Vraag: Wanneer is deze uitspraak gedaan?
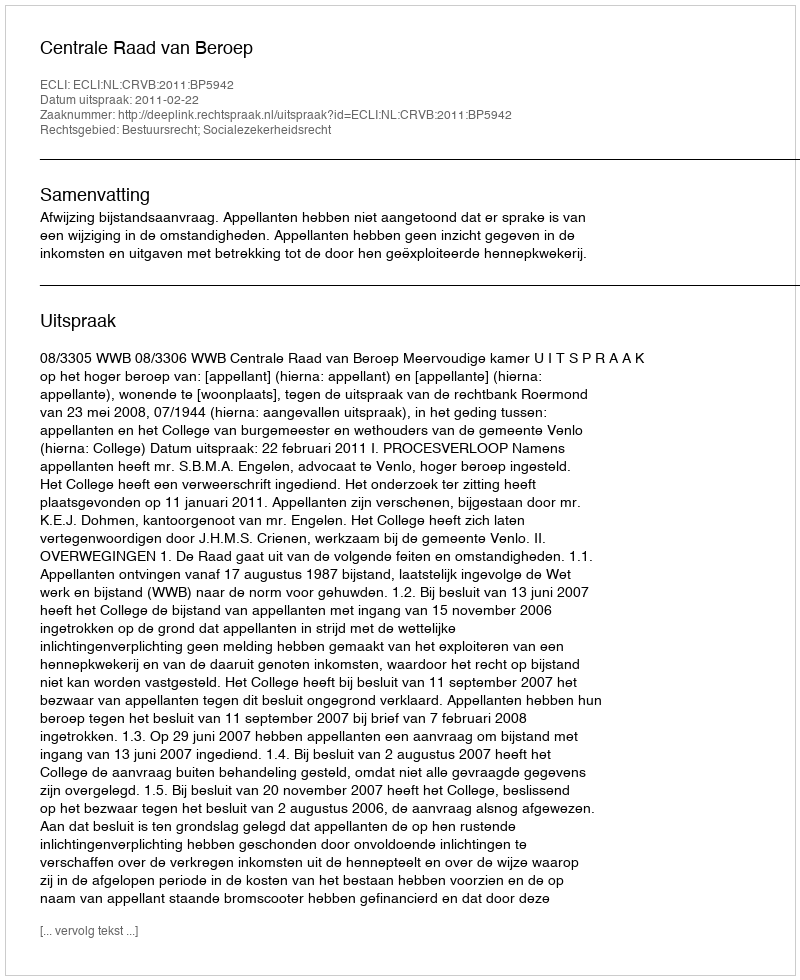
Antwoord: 2011-02-22